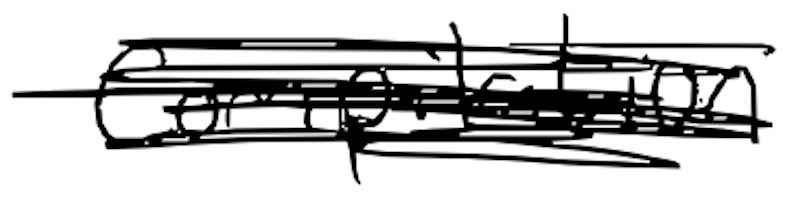
Text: compilation
Cross-out: mix
Writing tool: digital_black